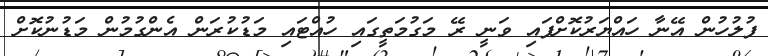
ފުލުހުން އޭނާ ހައްޔަރުކޮށްފައި ވަނީ ރޭ މަގުމަތީގައި ހުއްޓައި މަޑުކުރަން އެންގުމުން މަޑުނުކޮށް